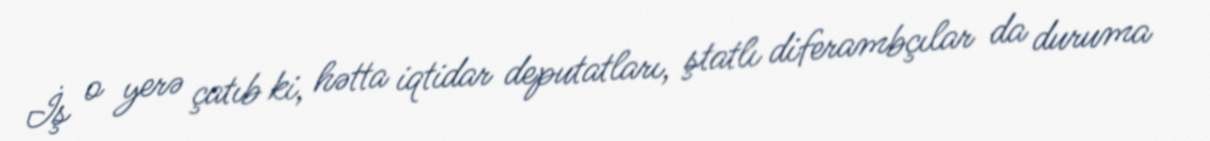
İş o yerə çatıb ki, hətta iqtidar deputatları, ştatlı diferambçılar da duruma